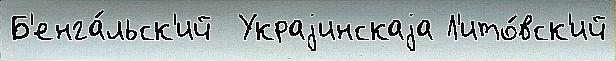
Б'енга́льск'ий  Украjинскаjа Л'ито́вск'ий